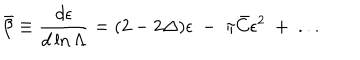
LaTeX: \bar { \beta } \equiv { \frac { d \epsilon } { d \ln \Lambda } } = ( 2 - 2 \Delta ) \epsilon ~ - ~ \pi \bar { C } \epsilon ^ { 2 } ~ + ~ . . .